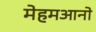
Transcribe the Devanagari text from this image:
मेहमआनो